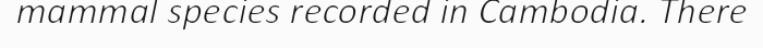
mammal species recorded in Cambodia. There